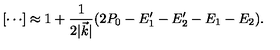
[ \cdots ] \approx 1 + { \frac { 1 } { 2 \vert \vec { k } \vert } } ( 2 P _ { 0 } - E _ { 1 } ^ { \prime } - E _ { 2 } ^ { \prime } - E _ { 1 } - E _ { 2 } ) .